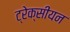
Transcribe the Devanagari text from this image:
ट्रेक्सीयन